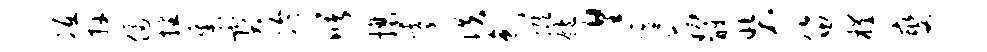
冱卉侵播集宝冷曙攘霞佚色瞰饱遑虞筋醮装笛槿燮